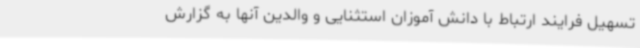
تسهیل فرایند ارتباط با دانش آموزان استثنایی و والدین آنها به گزارش